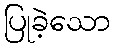
ပြုခဲ့သော